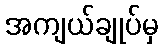
အကျယ်ချုပ်မှ